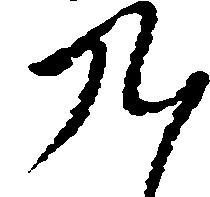
九